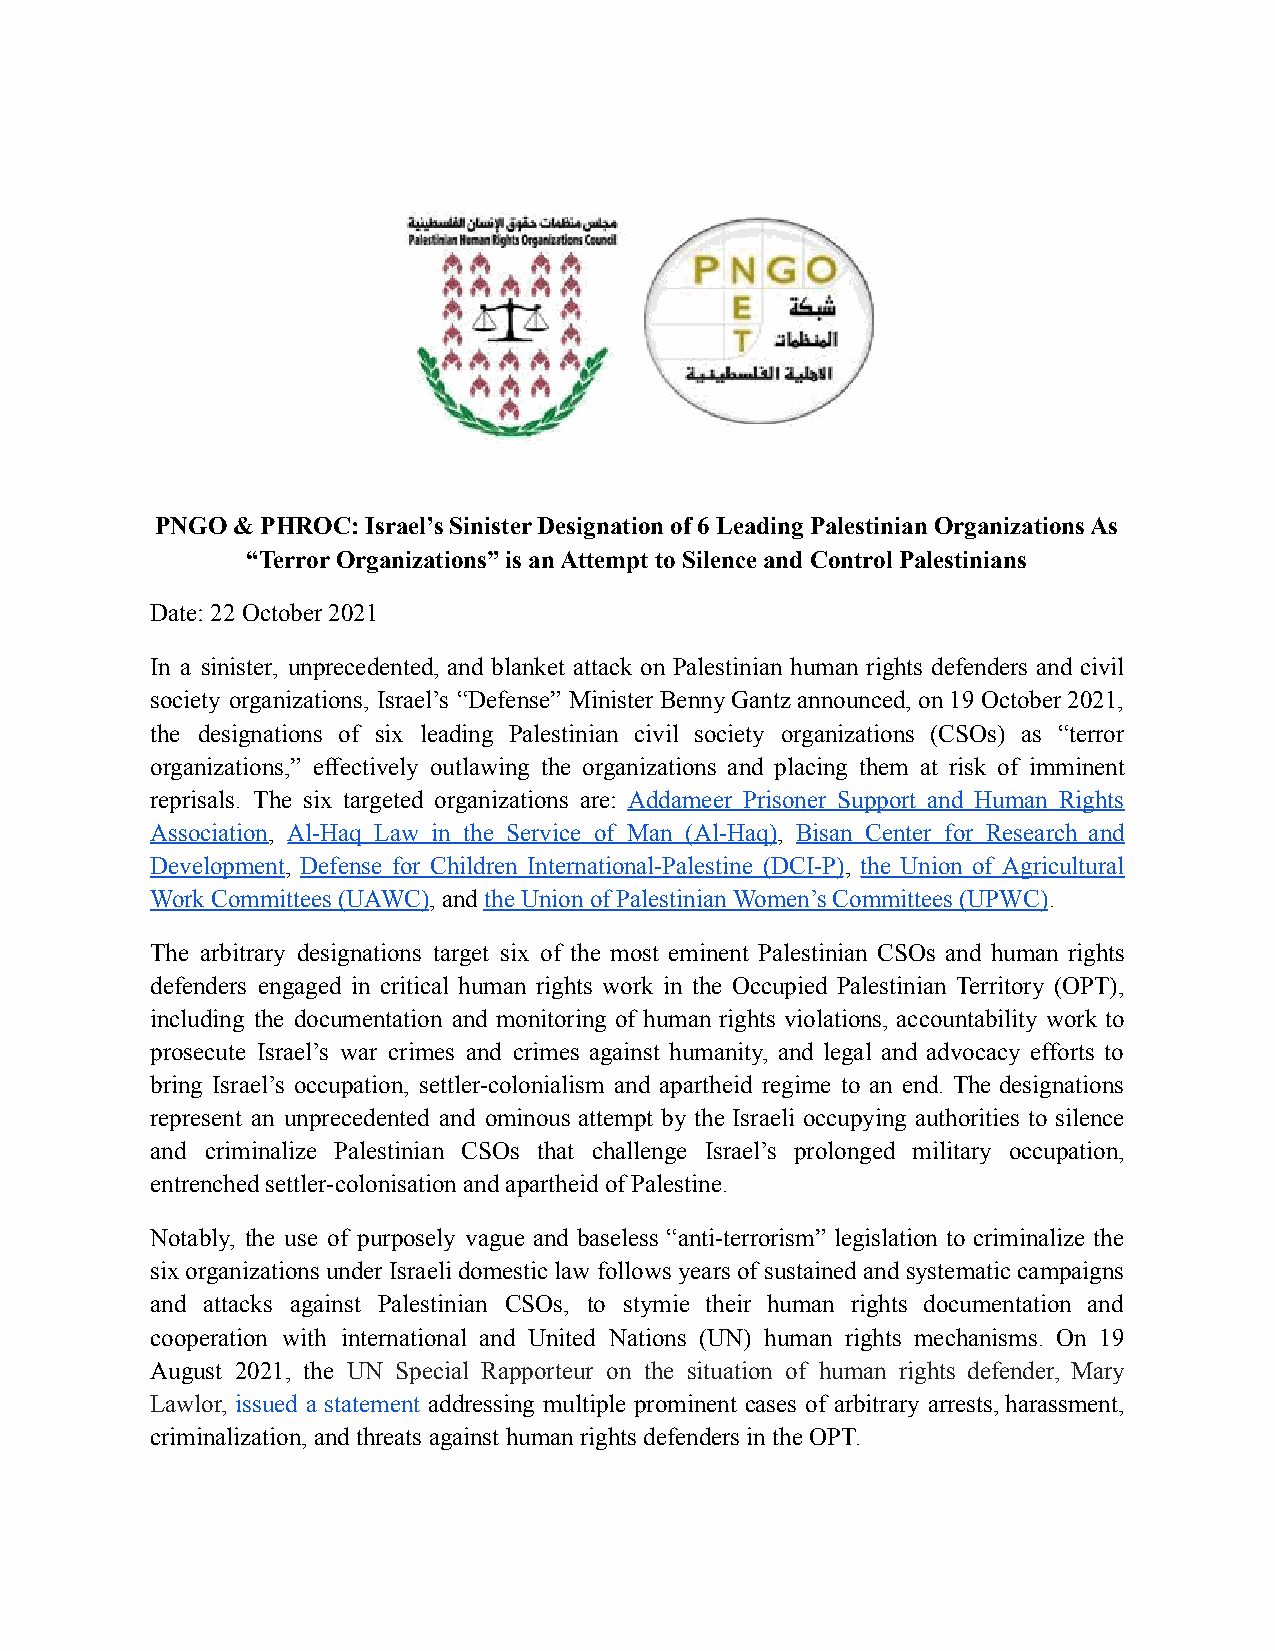
PNGO & PHROC: Israel’s Sinister Designation of 6 Leading Palestinian Organizations As
 “Terror Organizations” is an Attempt to Silence and Control Palestinians
 Date: 22 October 2021
 In a sinister, unprecedented, and blanket attack on Palestinian human rights defenders and civil
 society organizations, Israel’s “Defense” MinisterBennyGantz announced, on19October2021,
 the designations of six leading Palestinian civil society organizations (CSOs) as “terror
 organizations,” effectively outlawing the organizations and placing them at risk of imminent
 reprisals. The six targeted organizations are: Addameer Prisoner Support and Human Rights
 Association, Al-Haq Law in the Service of Man (Al-Haq), Bisan Center for Research and
 Development, Defense for Children International-Palestine (DCI-P), the Union of Agricultural
 Work Committees (UAWC), andthe Union of Palestinian Women’s Committees (UPWC).
 The arbitrary designations target six of the most eminent Palestinian CSOs and human rights
 defenders engaged in critical human rights work in the Occupied Palestinian Territory (OPT),
 including the documentation and monitoring of human rights violations, accountability work to
 prosecute Israel’s war crimes and crimes against humanity, and legal and advocacy efforts to
 bring Israel’s occupation, settler-colonialism and apartheid regime to an end. The designations
 represent an unprecedented and ominous attempt by the Israeli occupying authorities to silence
 and criminalize Palestinian CSOs that challenge Israel’s prolonged military occupation,
 entrenched settler-colonisation and apartheid of Palestine.
 Notably, the use of purposely vague and baseless “anti-terrorism” legislation to criminalize the
 sixorganizationsunder Israeli domesticlawfollowsyears ofsustained andsystematiccampaigns
 and attacks against Palestinian CSOs, to stymie their human rights documentation and
 cooperation with international and United Nations (UN) human rights mechanisms. On 19
 August 2021, the UN Special Rapporteur on the situation of human rights defender, Mary
 Lawlor, issued a statement addressing multiple prominent cases of arbitrary arrests, harassment,
 criminalization, and threats against human rights defenders in the OPT.